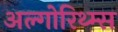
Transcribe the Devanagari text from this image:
अल्गोरिथ्म्स